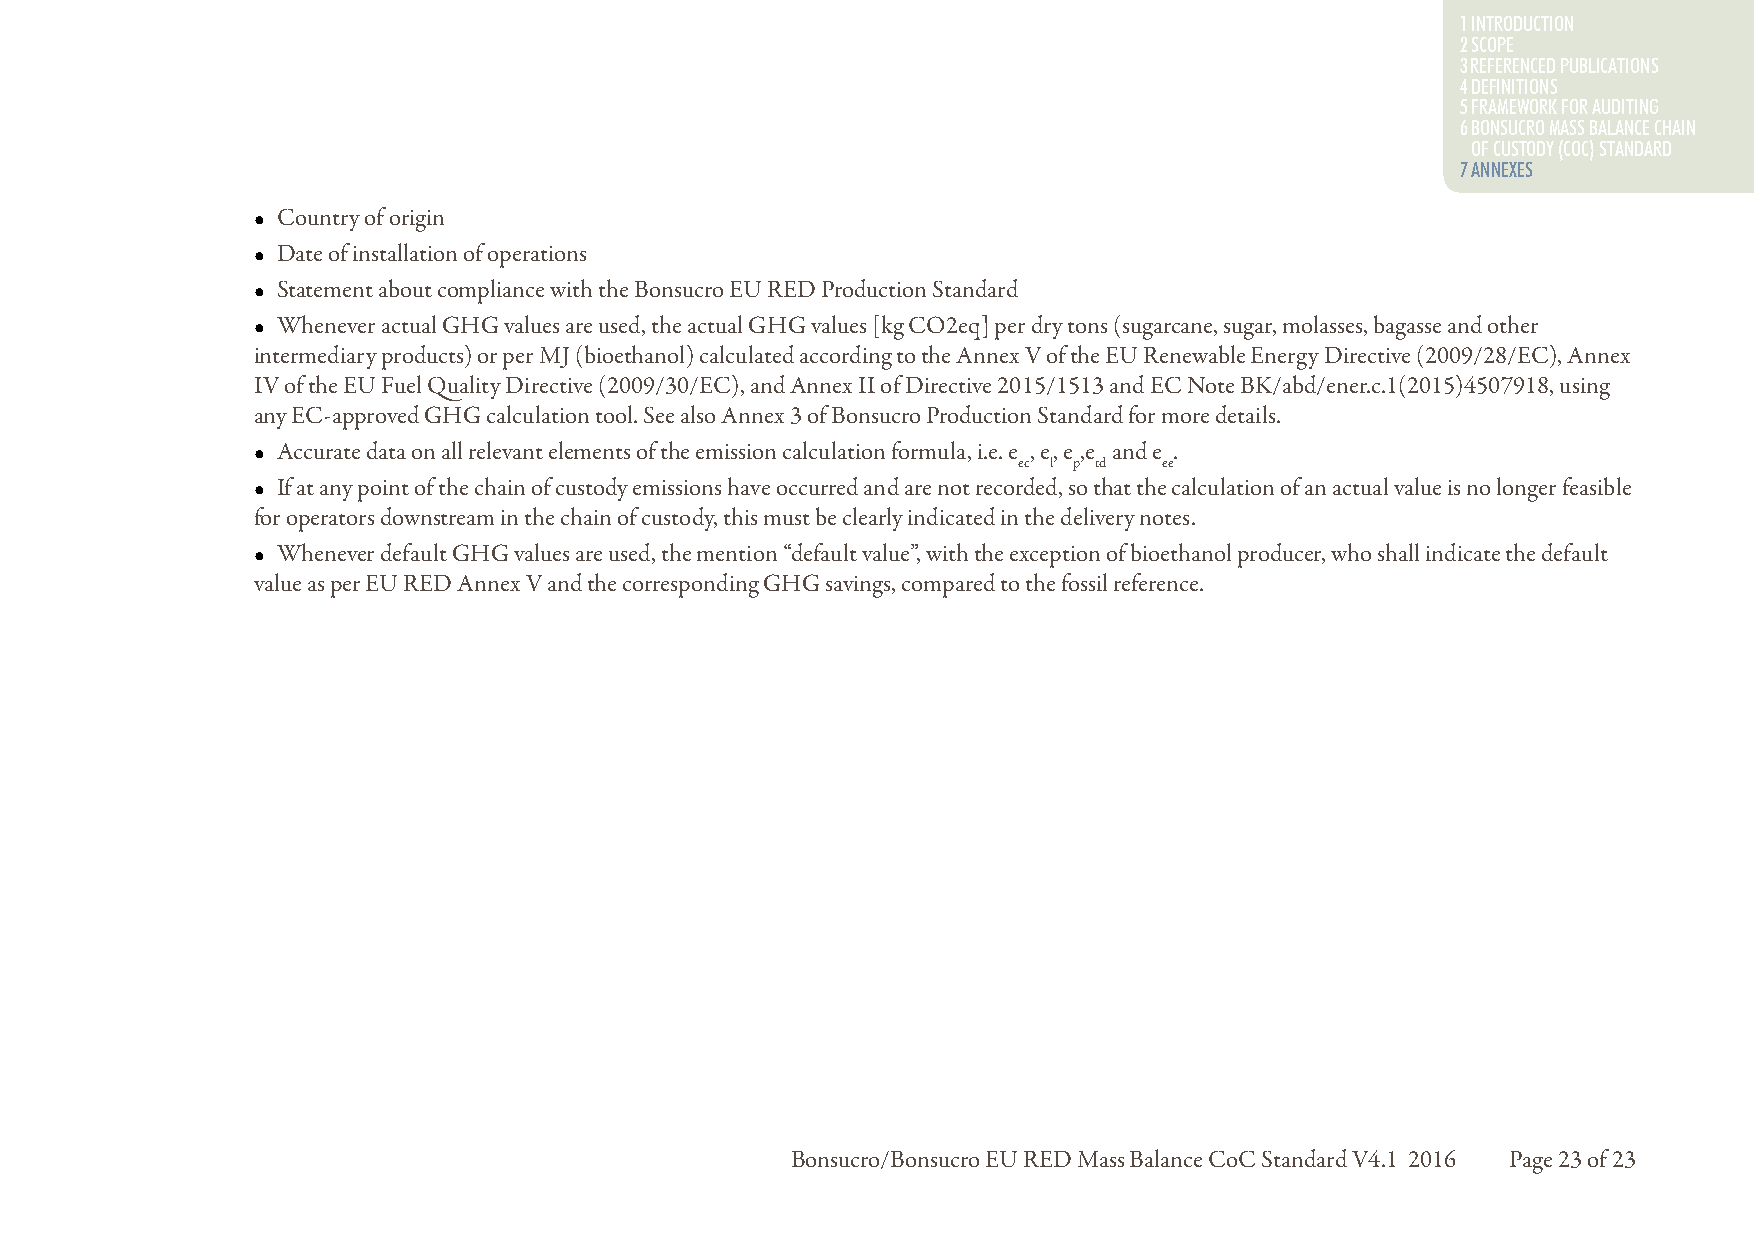
1 INTRODUCTION
 2 SCOPE
 3 REFERENCED PUBLICATIONS
 4 DEFINITIONS
 5 FRAMEWORK FOR AUDITING
 6 BONSUCRO MASS BALANCE CHAIN
 OF CUSTODY (COC) STANDARD
 77 AANNNNEEXXEESS
 • Country of origin
 • Date of installation of operations
 • Statement about compliance with the Bonsucro EU RED Production Standard
 • Whenever actual GHG values are used, the actual GHG values [kg CO2eq] per dry tons (sugarcane, sugar, molasses, bagasse and other
 intermediary products) or per MJ (bioethanol) calculated according to the Annex V of the EU Renewable Energy Directive (2009/28/EC), Annex
 IV of the EU Fuel Quality Directive (2009/30/EC), and Annex II of Directive 2015/1513 and EC Note BK/abd/ener.c.1(2015)4507918, using
 any EC-approved GHG calculation tool. See also Annex 3 of Bonsucro Production Standard for more details.
 • Accurate data on all relevant elements of the emission calculation formula, i.e. e , e, e ,e and e .
 ec l p td ee
 • If at any point of the chain of custody emissions have occurred and are not recorded, so that the calculation of an actual value is no longer feasible
 for operators downstream in the chain of custody, this must be clearly indicated in the delivery notes.
 • Whenever default GHG values are used, the mention “default value”, with the exception of bioethanol producer, who shall indicate the default
 value as per EU RED Annex V and the corresponding GHG savings, compared to the fossil reference.
 Bonsucro/Bonsucro EU RED Mass Balance CoC Standard V4.1 2016 Page 23 of 23